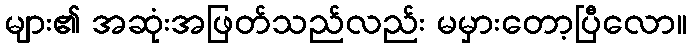
များ၏ အဆုံးအဖြတ်သည်လည်း မမှားတော့ပြီလော။